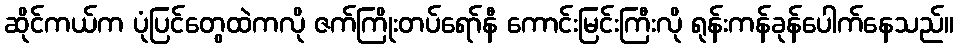
ဆိုင်ကယ်က ပုံပြင်တွေထဲကလို ဇက်ကြိုးတပ်ရော်နီ ကောင်းမြင်းကြီးလို ရုန်းကန်ခုန်ပေါက်နေသည်။